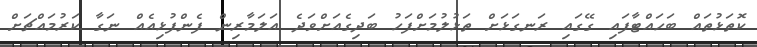
ކޮތަޅުތައް ބަހައްޓާފައި ގޭގައި ރަނގަޅަށް ތަޅުލުމަށްފަހު ބަދިގެއަށްވަދެ އަލަމާރިން ފެންފުޅިއެއް ނަގާ ކަރުމައްްޗަށް